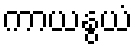
ကာယနွယံ